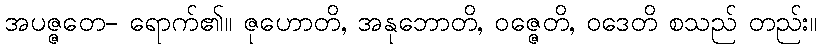
အပဇ္ဇတေ- ရောက်၏။ ဇုဟောတိ, အနုဘောတိ, ဝဇ္ဇေတိ, ဝဒေတိ စသည် တည်း။